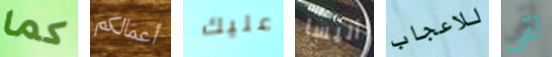
كما أعمالكم عليك أليسا للاعجاب لقي